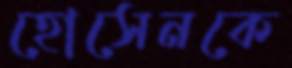
হোসেনকে